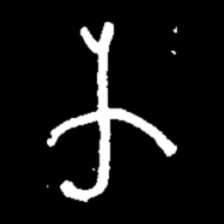
Pyu character \u2014 Myanmar letter: က (romanized: ka)